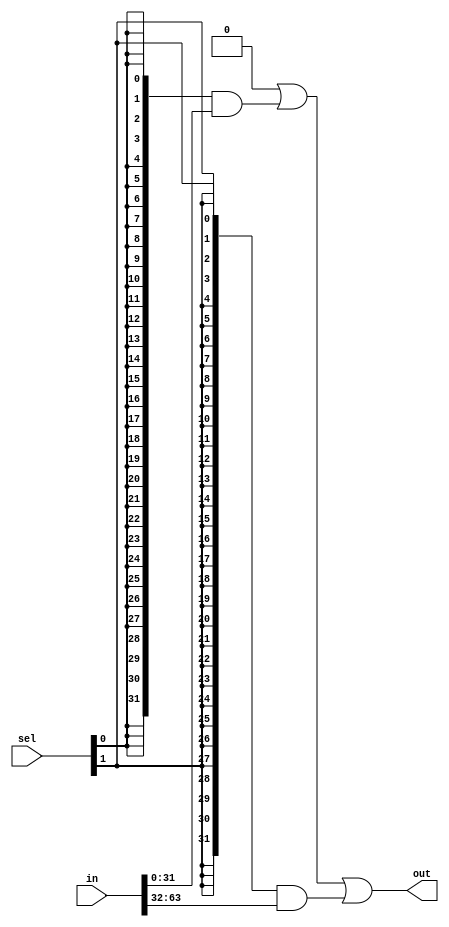
// This program was cloned from: https://github.com/aolofsson/oh
// License: MIT License

//#############################################################################
//# Function: One hot N:1 MUX                                                 #
//#############################################################################
//# Author:   Andreas Olofsson                                                #
//# License:  MIT (see LICENSE file in OH! repository)                        #
//#############################################################################

module oh_mux
  #(parameter N   = 32,        // vector width
    parameter M   = 2,         // number of vectors
    parameter SYN  = "TRUE",    // synthesizable (or not)
    parameter TYPE = "DEFAULT"  // implementation type
    )
   (
    input [M-1:0]   sel, // select vector
    input [M*N-1:0] in,  // concatenated input {..,in1[N-1:0],in0[N-1:0]
    output [N-1:0]  out  // output
    );

   generate
      if(SYN == "TRUE") begin
	 reg [N-1:0]     mux;
	 integer 	 i;
	 always @*
	   begin
	      mux[N-1:0] = 'b0;
	      for(i=0;i<M;i=i+1)
		mux[N-1:0] = mux[N-1:0] | {(N){sel[i]}} & in[((i+1)*N-1)-:N];
	   end
	 assign out[N-1:0] = mux[N-1:0];
      end
      else begin
	 //TODO: implement
	 asic_mux #(.TYPE(TYPE),
		    .N(N))
	 asic_mux(.out	(out),
		  .sel  (sel[N-1:0]),
		  .in	(in[N-1:0]));
      end
   endgenerate
endmodule